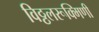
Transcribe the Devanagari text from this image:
विठ्ठलरूक्मिणी